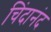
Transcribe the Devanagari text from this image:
चिंदानंद